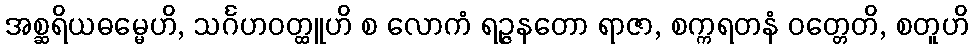
အစ္ဆရိယဓမ္မေဟိ, သင်္ဂဟဝတ္ထူဟိ စ လောကံ ရဉ္ဇနတော ရာဇာ, စက္ကရတနံ ဝတ္တေတိ, စတူဟိ